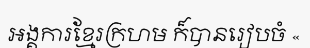
អង្គការខ្មែរក្រហម ក៏បានរៀបចំ «